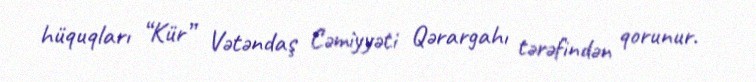
hüquqları “Kür” Vətəndaş Cəmiyyəti Qərargahı tərəfindən qorunur.